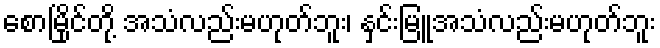
စောမြိုင်တို့ အသံလည်းမဟုတ်ဘူး၊ နှင်းမြူအသံလည်းမဟုတ်ဘူး